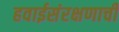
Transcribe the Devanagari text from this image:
हवाईसंरक्षणाची